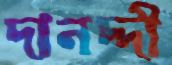
দানদ্দী